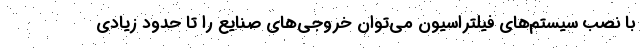
با نصب سیستم‌های فیلتراسیون می‌توان خروجی‌های صنایع را تا حدود زیادی